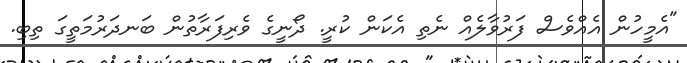
"އެމީހުން އެއްވެސް ފަރުވާލެއް ނެތި އެކަން ކުރީ. ދޯނީގެ ވެރިފަރާތުން ބަނދަރުމަތީގަ ތިބި.